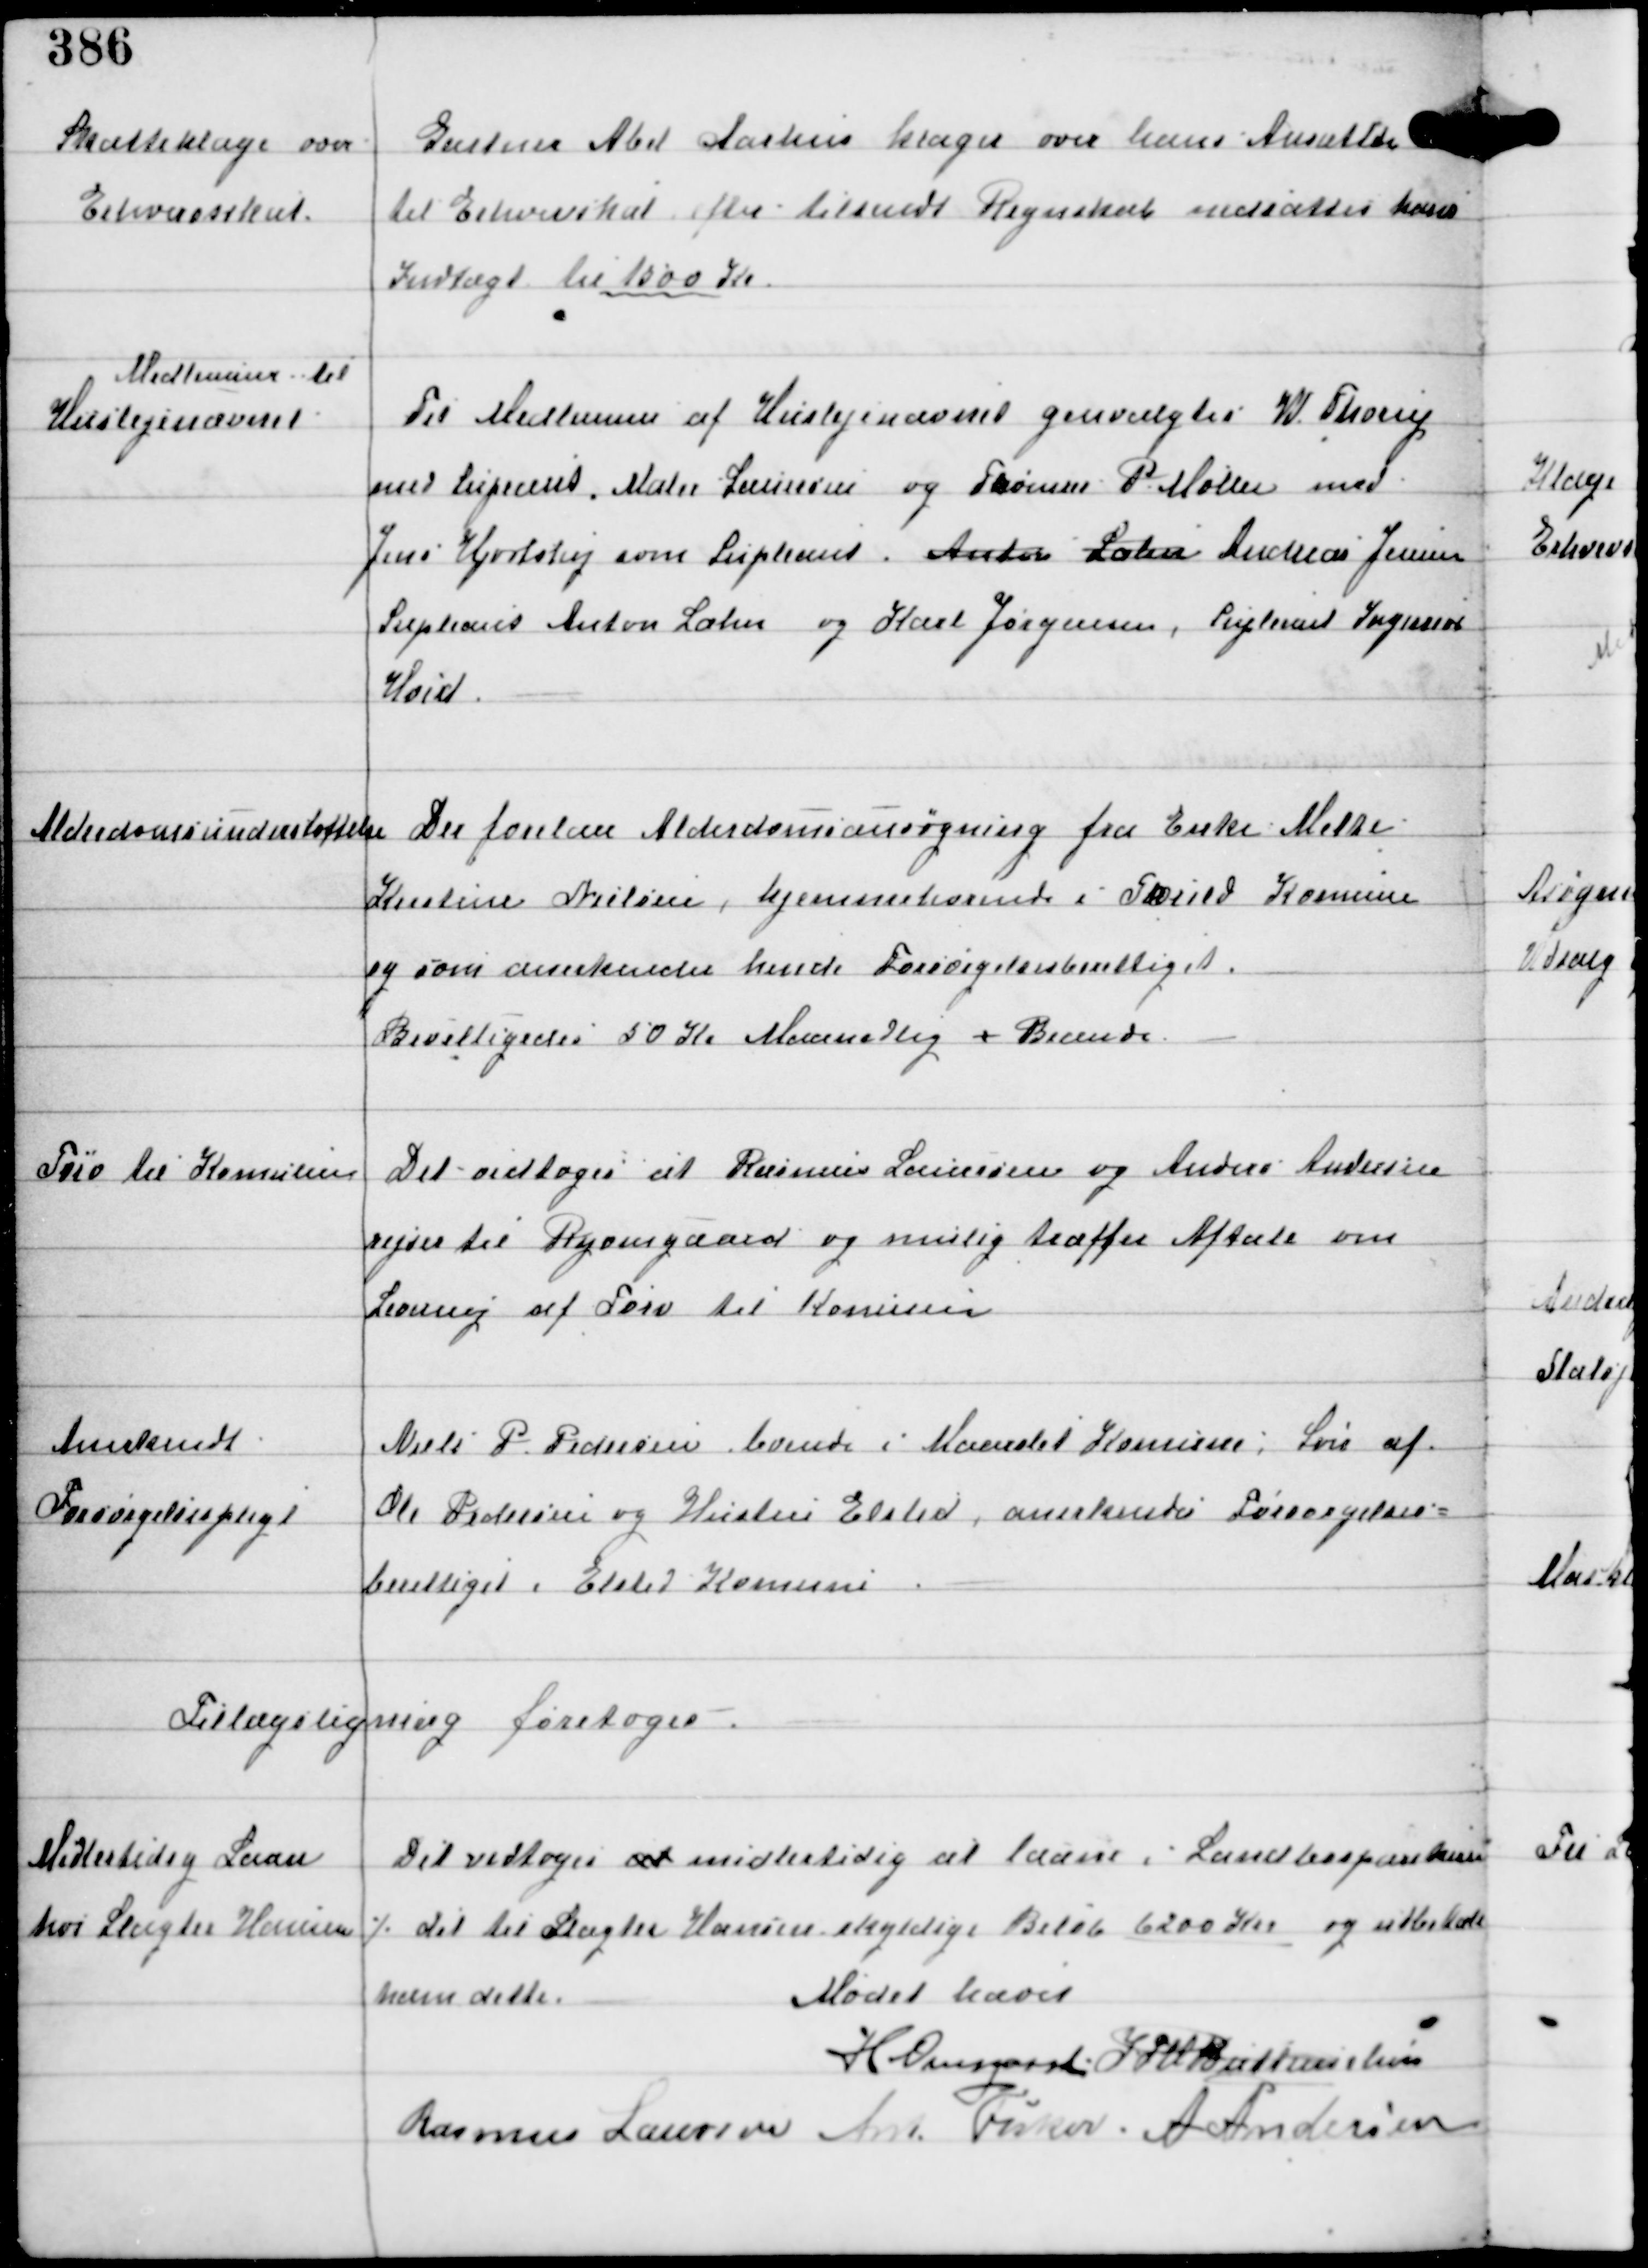
Transskription:
Skatteklage over
Erhvervsskat

Gartner Abel Aarhus klager over hans Ansættelse
til Erhvervsskat efter tilsendt Regnskab nedsattes hans
Indtægt til 1000  Kr

Medlemmer til
Huslejenævnet

Til Medlemmer af Huslejenævnet genvalgtes W Thorup
med Supleant Maler Lauersen og Thomas P. Møller med
Jens Hjortshøj som Supleant. Anton Lahn Andreas Jensen
Supleant Anton Lahn og Karl Jørgensen, Supleant Ingward
Hvid.

Alderdomsunderstøttelse

Der forelaa Alderdomsansøgning fra Enke Mette
Kirstine Nielsen, hjemmehørende i Thorild Komune
og som anerkender hende Forsørgelsesberettiget.
Bevilligedes 50 Kr Maanedlig + Brænde

Tørv til Komunen

Det vedtoges at Rasmus Laursen og Anders Andersen
rejser til Ryomgaard og mulig træffer Aftale om
Levering af Tørv til Komunen

Anerkendt
Forsørgelsespligt

Niels P Pedersen boende i Maarslet Komune Søn af
Ole Pedersen og Hustru Elsted anerkentes Forsørgelses-
berettiget i Elsted Komune

Tillægsligning foretoges.

Midlertidig Laan
hos Slagter Hansen ⁒

Det vedtoges at midlertidig at laane i Landbosparekassen
det til Slagter Hansen skyldige Beløb 6200 Kr og udbetale

ham dette.

Mødet hævet

H Overgaard IFV Buttenschøn
Rasmus Laursen Ant Fisker A Andersen